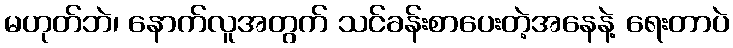
မဟုတ်ဘဲ၊ နောက်လူအတွက် သင်ခန်းစာပေးတဲ့အနေနဲ့ ရေးတာပဲ